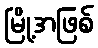
မြို့အဖြစ်